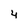
Character: 4